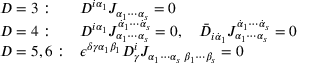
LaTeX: \begin{array} { l l } { { D = 3 : } } & { { D ^ { i \alpha _ { 1 } } J _ { \alpha _ { 1 } \cdots \alpha _ { s } } = 0 } } \\ { { D = 4 : } } & { { D ^ { i \alpha _ { 1 } } J _ { \alpha _ { 1 } \cdots \alpha _ { s } } ^ { \dot { \alpha } _ { 1 } \cdots \dot { \alpha } _ { s } } = 0 , \quad \bar { D } _ { i \dot { \alpha } _ { 1 } } J _ { \alpha _ { 1 } \cdots \alpha _ { s } } ^ { \dot { \alpha } _ { 1 } \cdots \dot { \alpha } _ { s } } = 0 } } \\ { { D = 5 , 6 : } } & { { \epsilon ^ { \delta \gamma \alpha _ { 1 } \beta _ { 1 } } D _ { \gamma } ^ { i } J _ { \alpha _ { 1 } \cdots \alpha _ { s } \; \beta _ { 1 } \cdots \beta _ { s } } = 0 } } \end{array}